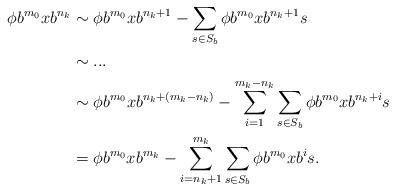
LaTeX: \begin{align*}\phi b^{m_0}xb^{n_k}&\sim \phi b^{m_0}xb^{n_k+1}-\sum_{s\in S_b}\phi b^{m_0}xb^{n_k+1}s\\&\sim ...\\&\sim \phi b^{m_0}xb^{n_k+(m_k-n_k)}-\sum_{i=1}^{m_k-n_k}\sum_{s\in S_b}\phi b^{m_0}xb^{n_k+i}s\\&=\phi b^{m_0}xb^{m_k}-\sum_{i=n_k+1}^{m_k}\sum_{s\in S_b}\phi b^{m_0}xb^{i}s.\end{align*}